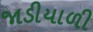
જાડીયાળી